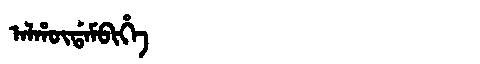
Manchu: ᠠᠯᡥᡡᡩᠠᠮᠪᡳᡥᡝ
Romanization: ALHŪDAMBIHE